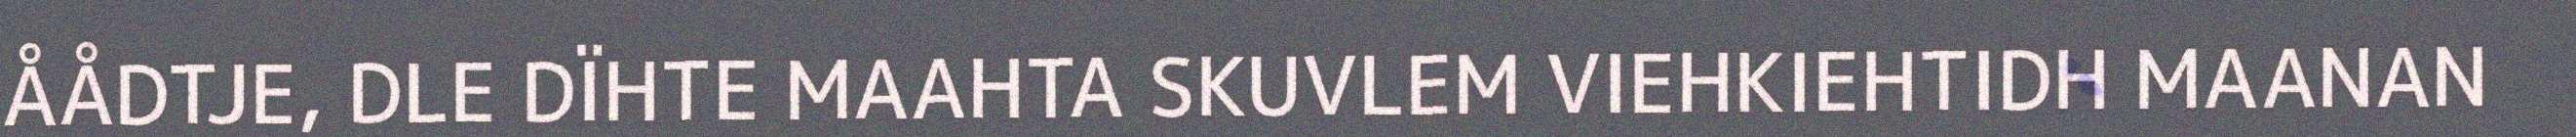
ÅÅDTJE, DLE DÏHTE MAAHTA SKUVLEM VIEHKIEHTIDH MAANAN